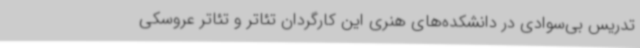
تدریس بی‌سوادی در دانشکده‌های هنری این کارگردان تئاتر و تئاتر عروسکی